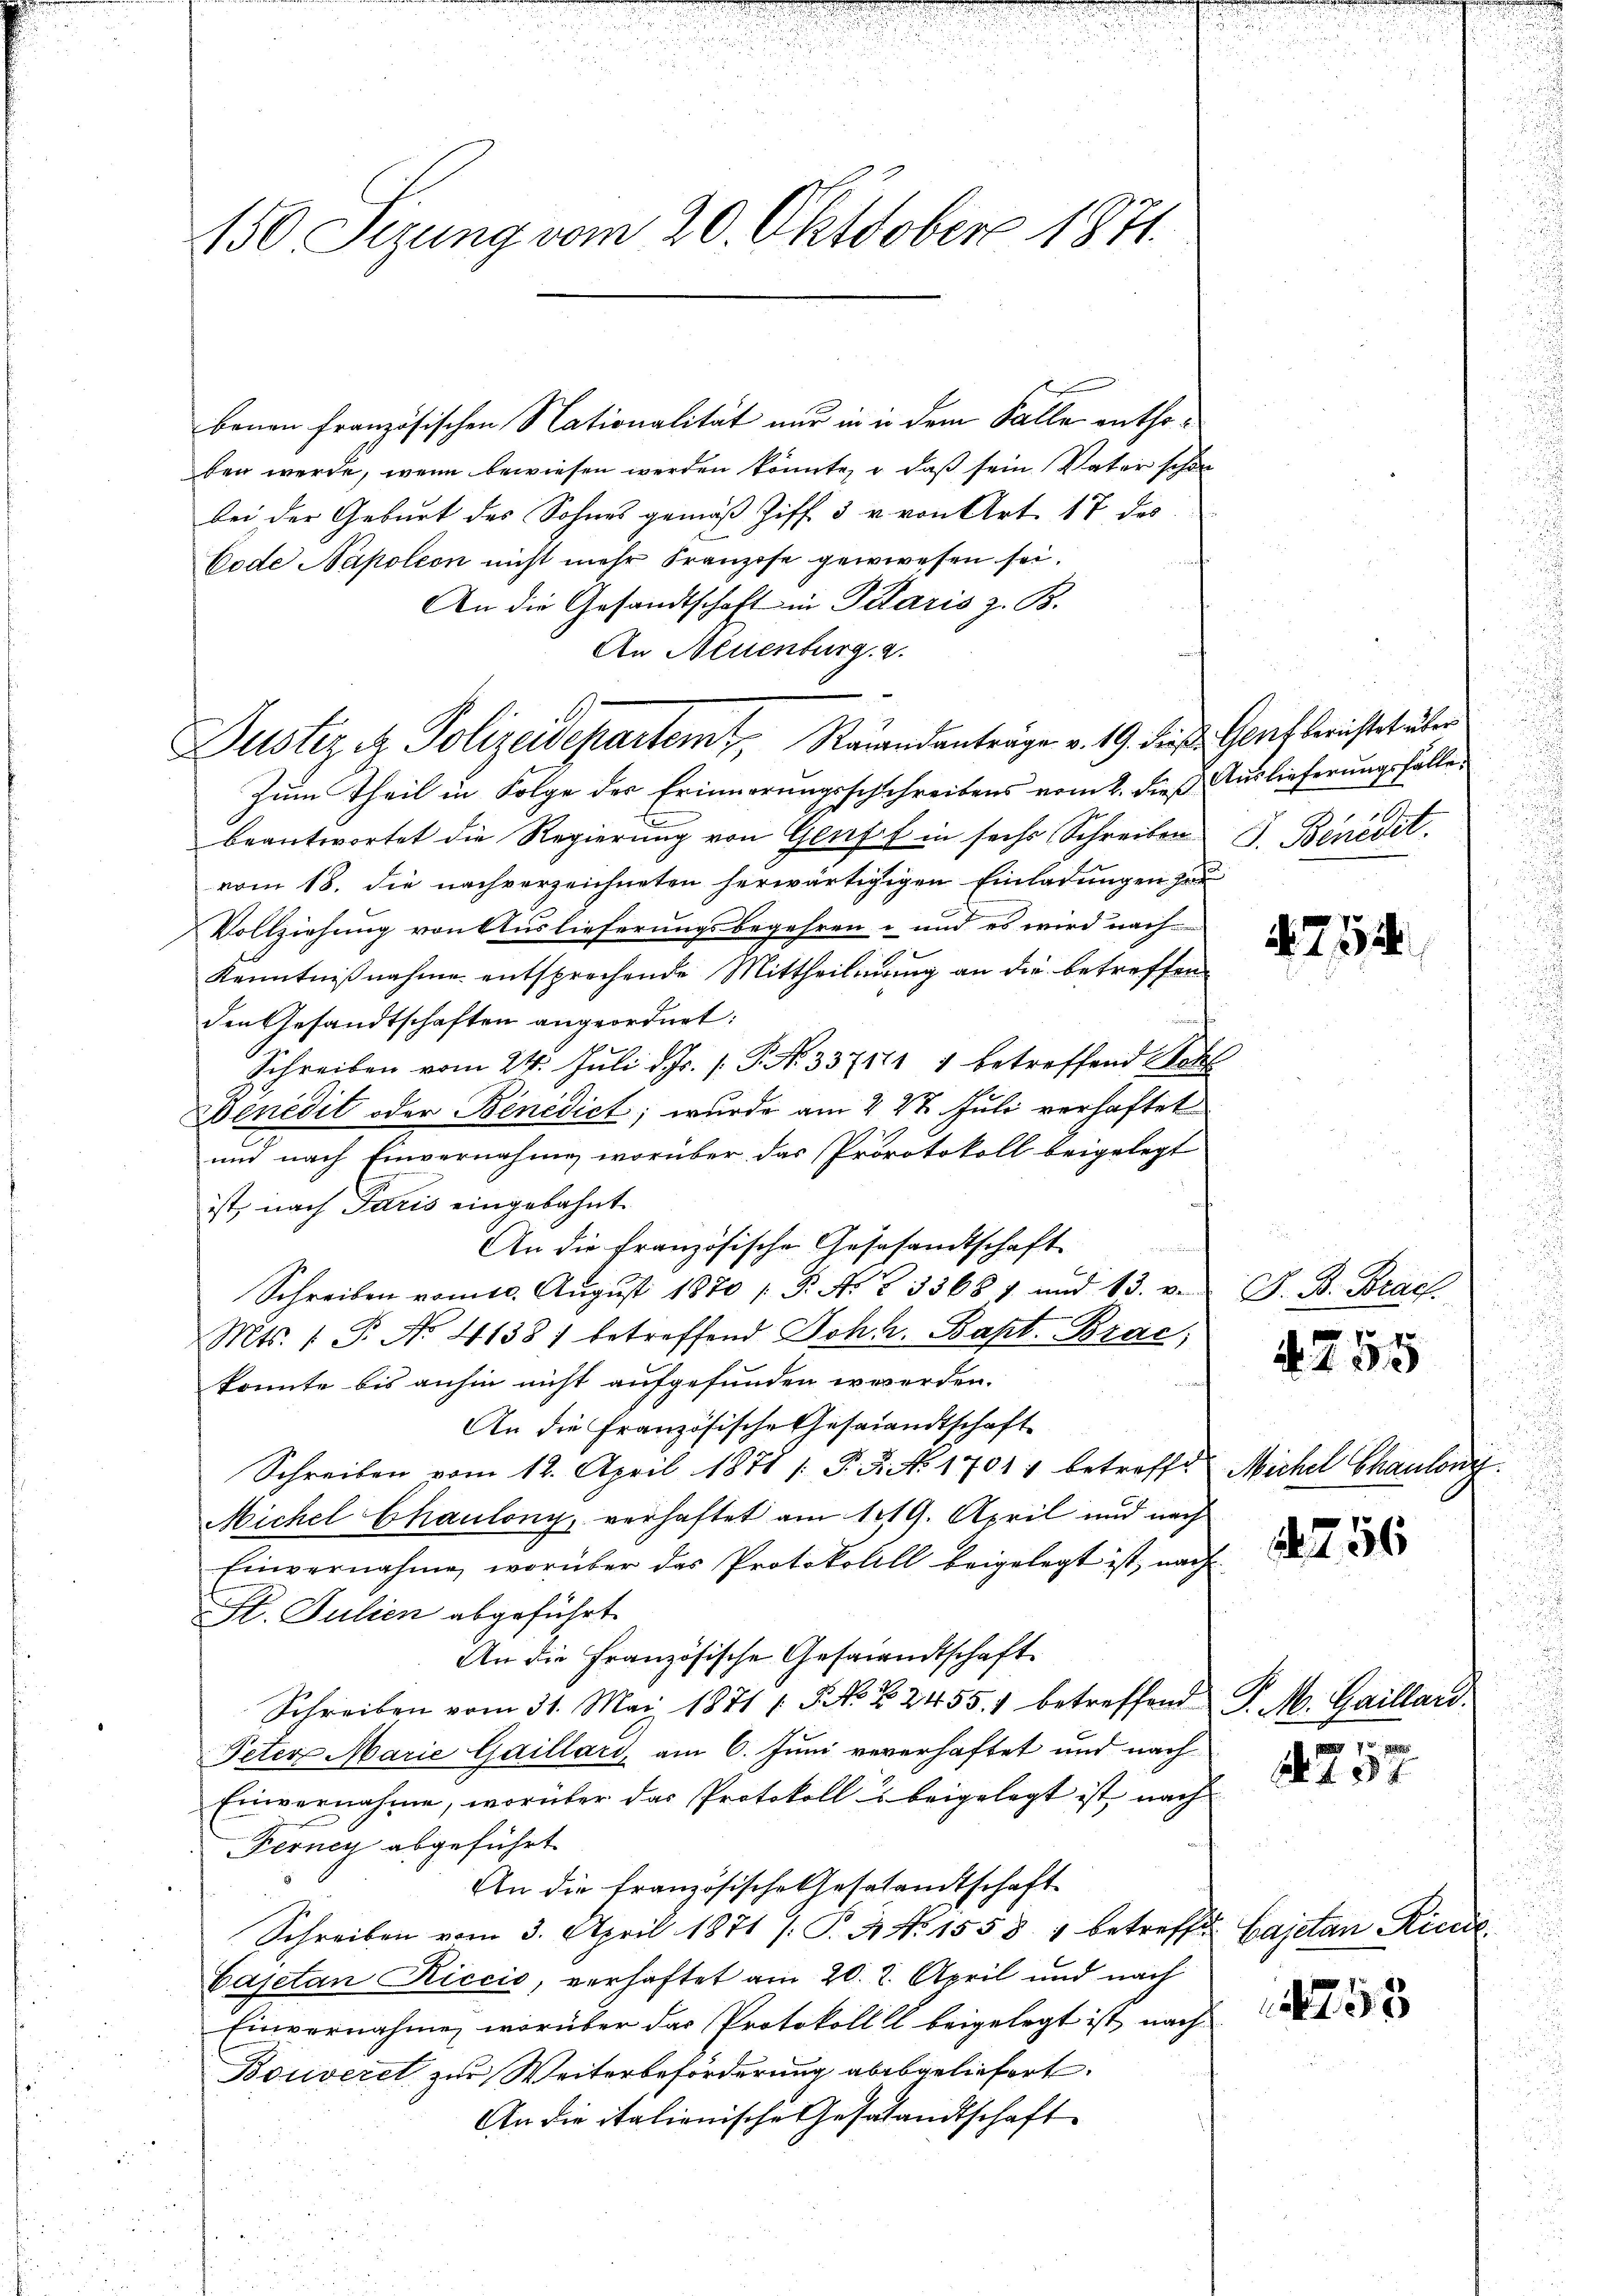
150 Sizung vom 20. Oktober 1871.

benen französischen Nationalität nur in in dem Falle enthoben werde, wenn bewiesen werden könnte, u. daß sein Vater schon
bei der Geburt des Sohnes gemäß Ziff. 3 u. von Art. 17 des
Code Napoleon nicht mehr Franzise gewiesen sei.
An die Gesandtschaft in Pilaris z. B.
An Neuenburg. 2.
Zum Theil in Folge der Erinnerungsschchreibens vom 2. dieß Auslieferungsfälle
beantwortet die Regierung von Genff in sechs Schreiben J. Benedet.
vom 18. die nachverzeichneten herwärtigigen Einladungen zur
Vollziehung von Auslieferungsbegehren- und es wird nach
Kenntnißnahme entsprechende Mittheilung an die betreffen
den Gesandtschaften angeordnet:
Schreiben vom 24. Juli d. Js. P. N. 337111 1 betreffend Wohl
Bénédit oder Benedict; wurde am 227. Juli verhaftet
und nach Einvernahmen worüber das Prorotokoll beigelegt
ist, nach Paris eingebahnt.
An die französische Gesesandtschaft
Schreiben vom 10. Aŭgŭst 1870 / P. N. Z. 33687 und 13. v.
Mts. 1 S. No. 41381 betreffend Joh. Bapt. Brac
konnte bis anhin nicht aufgefunden werden.
An die Französische Gesandtschaft
Schreiben vom 12. April 1871 1 S. 5. No. 1701 betreffe Michel Chanlong.
Michel Chaulony, verhaftet am 119. April und nach
Einvernahme, worüber das Protokolill beigelegt ist, nach
Hl. Julien abgeführt.
An die Französische Gesammtschaft
Schreiben vom 31. Mai 1871 (S NNo. 22455. betreffend P. M. Gaillard.
Peter Marie Gaillari, am 6. Juni vererhaftet und nach
Einvernahme, worüber das Protokoll beigelegt ist, nach
Ferney abgeführt.
An die französische Gesesandtschaft
Schreiben vom 3. April 1871 [P.N. N. 1558. 1 betreffen. Cajetan Ric
Cajetan Riccić, verhaftet am 20. 2. April und nach
Einvernahme, worüber das Protokoll beigelegt ist, nach
Bouveret zur Weiterbeförderung abbgeliefert.
An die italienische Gestandtschaft

Justiz & Polizeidepartem Raiandanträge v. 19. dieß Gerich berichtet über

. 712

J. B. Brach.

755

756

72
 231

753